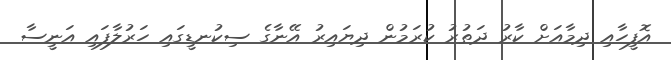
އޮފީހާއި ދިމާއަށް ކާރު ދަތުރު ކުރަމުން ދިޔައިރު އޭނާގެ ސިކުނޑީގައި ހަރުލާފައި އަނީސާ